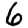
Digit: 6